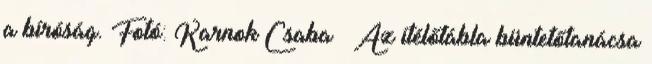
a bíróság. Fotó: Karnok Csaba – Az ítélőtábla büntetőtanácsa